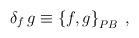
LaTeX: \begin{align*}\delta_{f}\,g\equiv\left\{ f,g\right\} _{{\footnotesize PB}}\;,\end{align*}